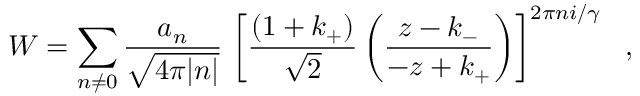
W = \sum _ { n \ne 0 } \frac { a _ { n } } { \sqrt { 4 \pi | n | } } \, \left[ \frac { ( 1 + k _ { + } ) } { \sqrt { 2 } } \left( \frac { z - k _ { - } } { - z + k _ { + } } \right) \right] ^ { 2 \pi n i / \gamma } \ \ ,